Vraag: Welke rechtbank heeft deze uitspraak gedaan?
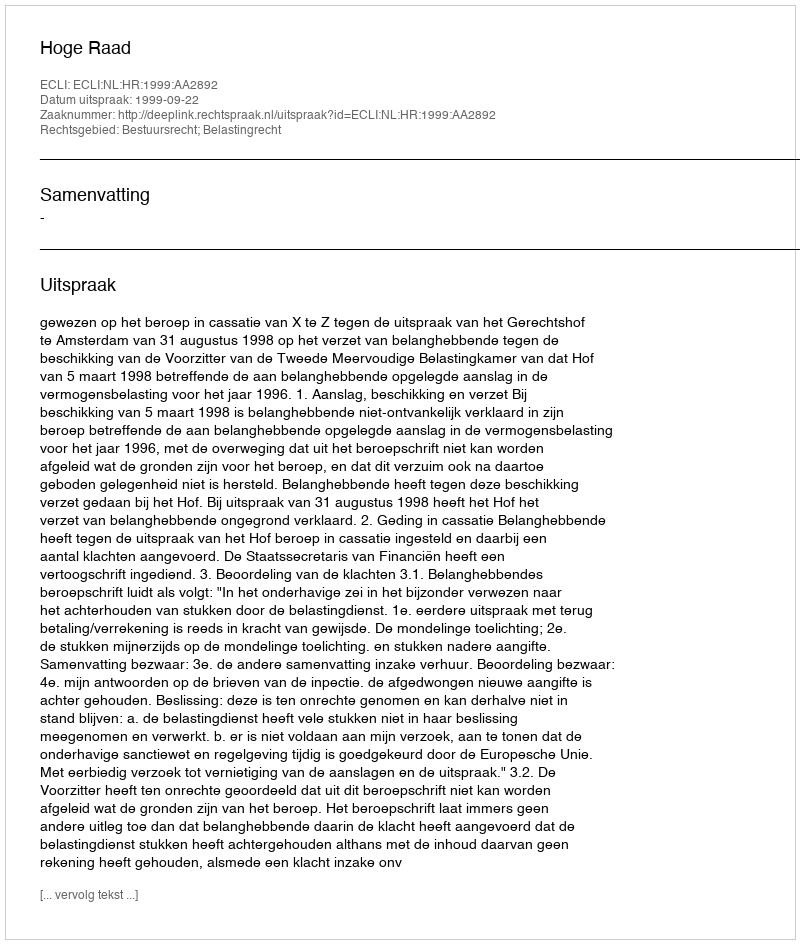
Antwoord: Hoge Raad